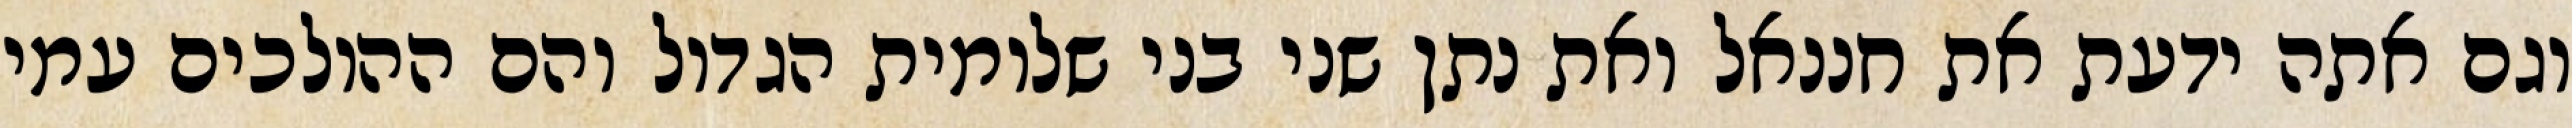
וגם אתה ידעת את חננאל ואת נתן שני בני שלומית הגדול והם ההולכים עמי